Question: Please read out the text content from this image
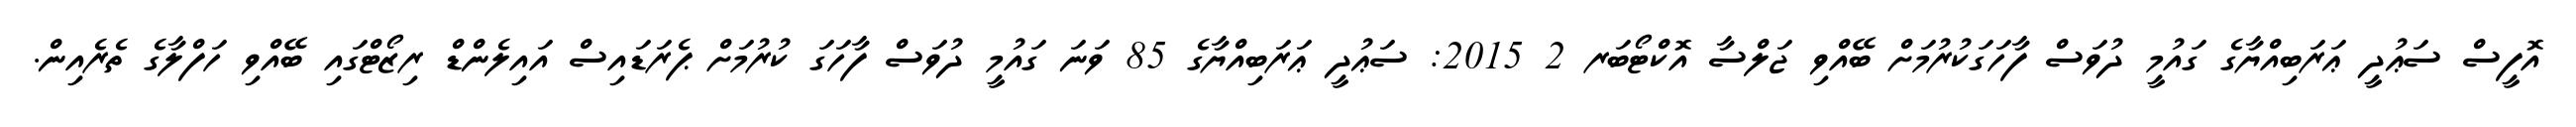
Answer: އޮފީސް ސަޢުދީ ޢަރަބިއްޔާގެ ގައުމީ ދުވަސް ފާހަގަކުރުމަށް ބޭއްވި ޖަލްސާ އޮކްޓޯބަރ 2 2015: ސަޢުދީ ޢަރަބިއްޔާގެ 85 ވަނަ ގައުމީ ދުވަސް ފާހަގަ ކުރުމަށް ޕެރަޑައިސް އައިލެންޑް ރިޒޯޓްގައި ބޭއްވި ހަފްލާގެ ތެރެއިން.